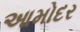
આમોદર